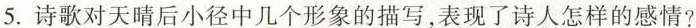
5. 诗歌对天晴后小径中几个形象的描写，表现了诗人怎样的感情?